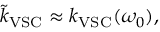
\tilde { k } _ { \mathrm { V S C } } \approx k _ { \mathrm { V S C } } ( \omega _ { 0 } ) ,